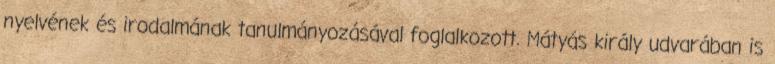
nyelvének és irodalmának tanulmányozásával foglalkozott. Mátyás király udvarában is